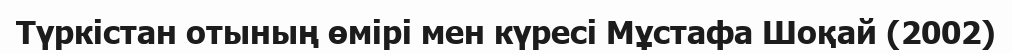
Түркістан отының өмірі мен күресі Мұстафа Шоқай (2002)